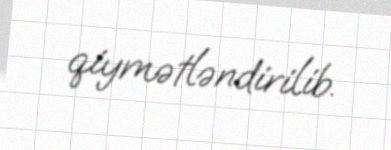
qiymətləndirilib.